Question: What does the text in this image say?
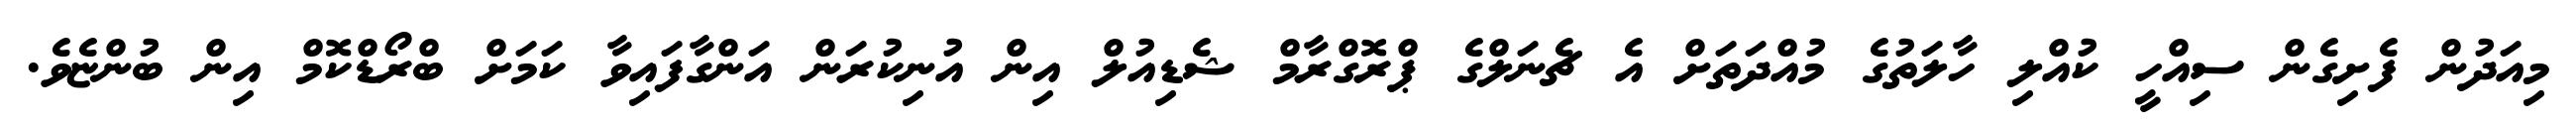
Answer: މިއަދުން ފެށިގެން ސިއްހީ ކުއްލި ހާލަތުގެ މުއްދަތަށް އެ ޗެނަލްގެ ޕްރޮގްރާމް ޝެޑިއުލް އިން އުނިކުރަން އަންގާފައިވާ ކަމަށް ބްރޯޑްކޮމް އިން ބުންޏެވެ.